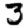
Digit: 3